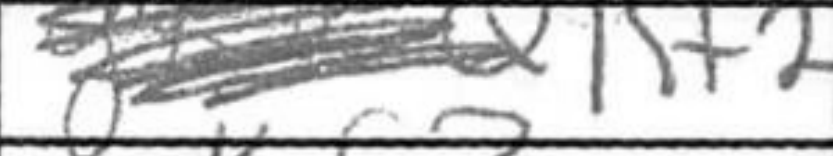
Transcription: Kf2